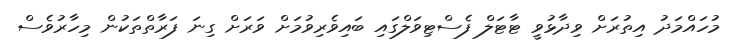
މުހައްމަދު އިތުރަށް ވިދާޅުވީ ޓާޓަލް ފެސްޓިވަލްގައި ބައިވެރިވުމަށް ވަރަށް ގިނަ ފަރާތްތަކުން މިހާރުވެސް